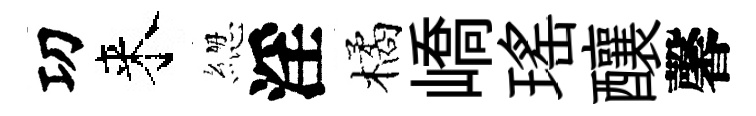
㓛来緫淫橘嶠瑤釀馨